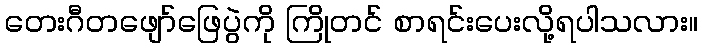
တေးဂီတဖျော်ဖြေပွဲကို ကြိုတင် စာရင်းပေးလို့ရပါသလား။